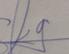
Signature authenticity: genuine